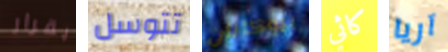
بقرار تتوسل بيوكانان كاثي آريا